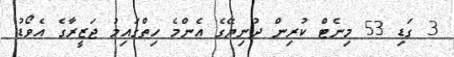
3 ގަޑި 53 މިނެޓް ކުރިން ދުނިޔޭގެ އެންމެ ހިތްގައިމު ޖަޒީރާގެ އެވޯޑު